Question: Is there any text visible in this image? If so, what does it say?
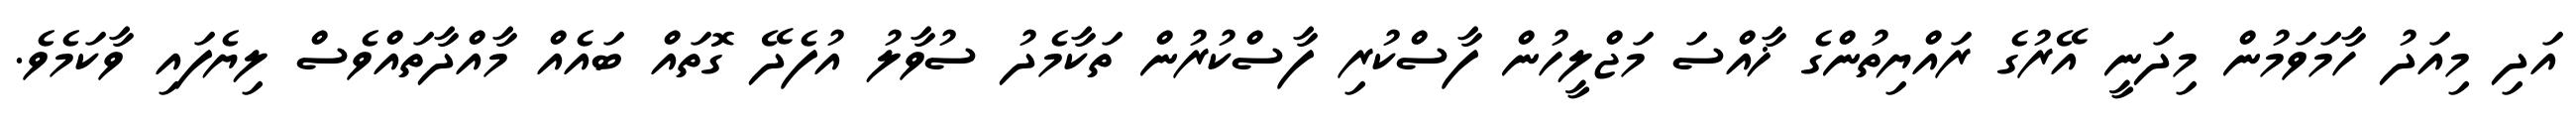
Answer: އަދި މިއަދު ހާމަވަމުން މިދަނީ އޭރުގެ ރައްޔިތުންގެ ޚާއްސަ މަޖްލީހުން ފާސްކުރި ފާސްކުރުން ތަކާމެދު ސުވާލު އުފެދޭ ގޮތައް ބައެއް މާއްދާތައްވެސް ލިޔެފައި ވާކަމެވެ.